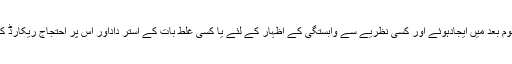
قرآن وحدیث کو سمجھنے کے لئے تمام معاون علوم بعد میں ایجادہوئے اور کسی نظریے سے وابستگی کے اظہار کے لئے یا کسی غلط بات کے استر داداور اس پر احتجاج ریکارڈ کرانے کے لئے جلوس نکالنے کی روش قائم ہوئی۔